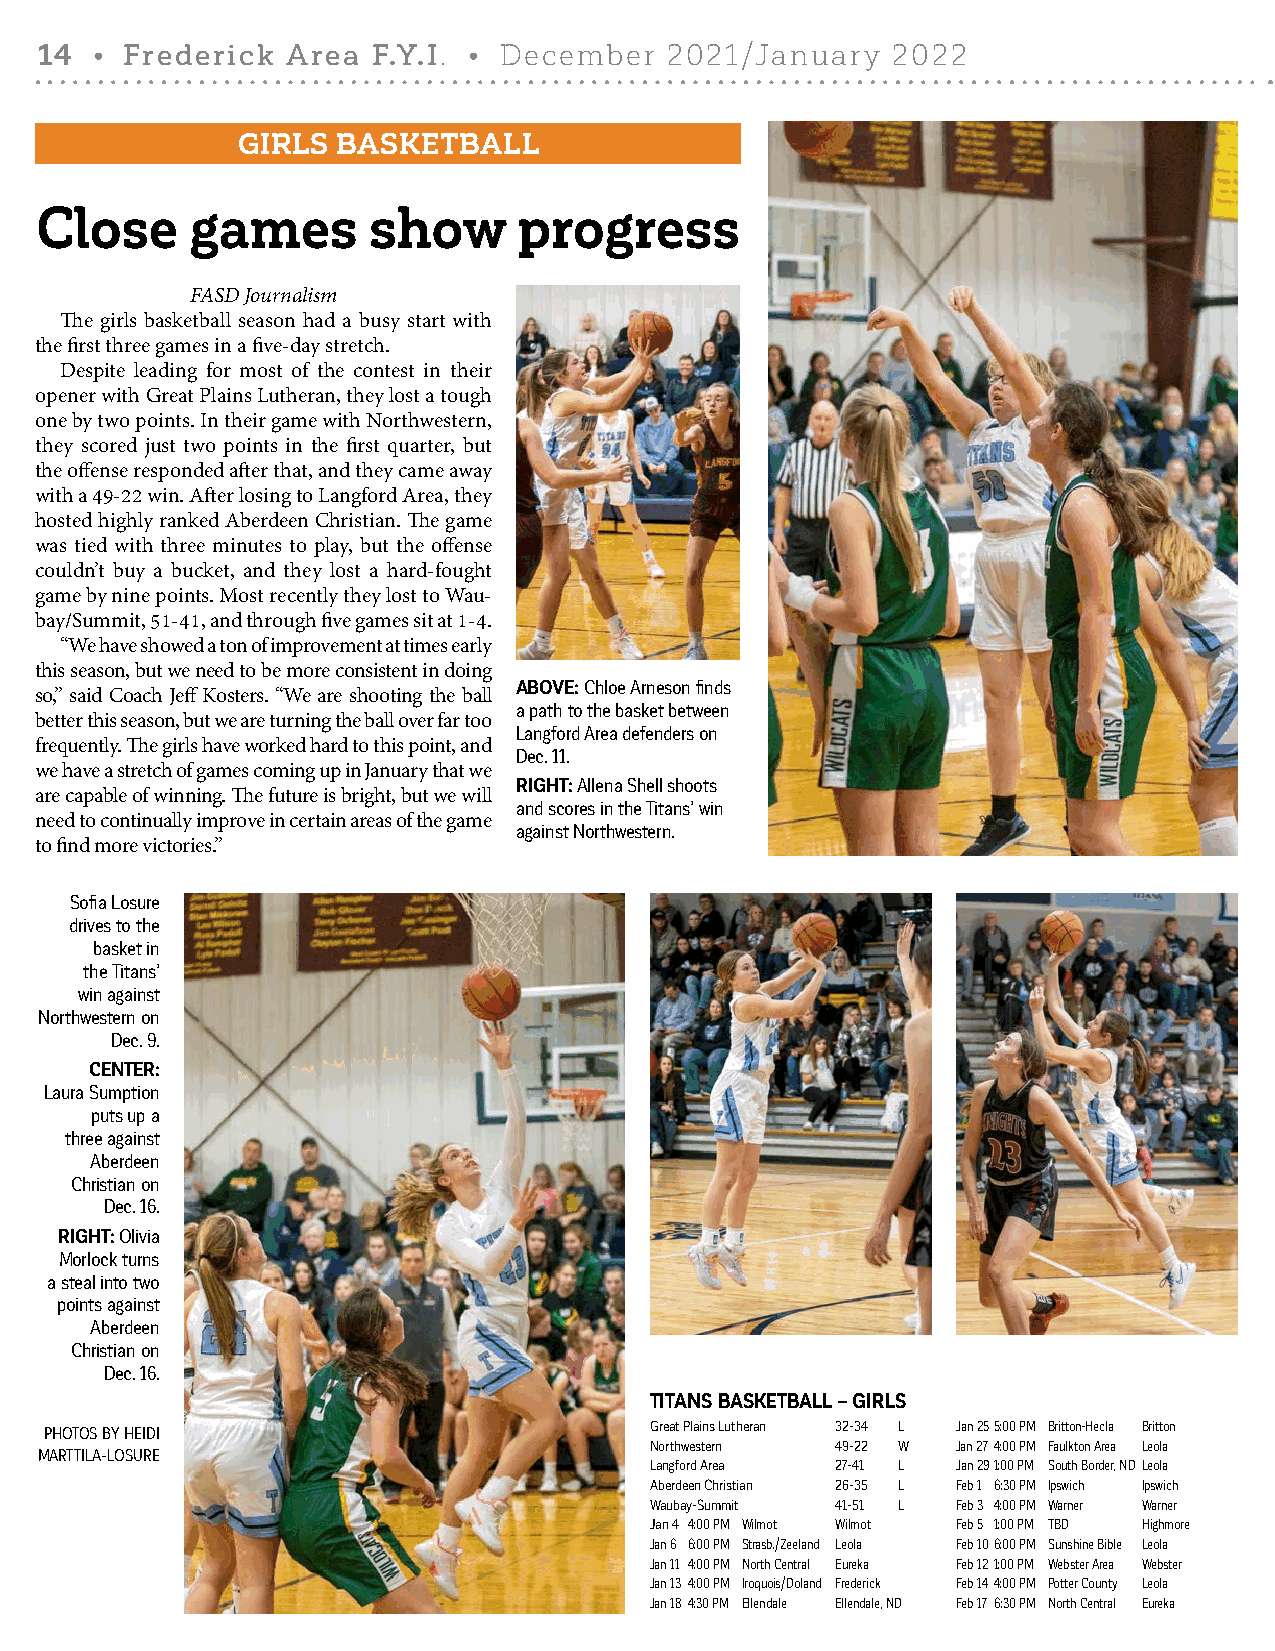
14  • Frederick  Area  F.Y.I. • December  2021/January   2022
 GIRLS BASKETBALL
 Close      games      show      progress
 FASD Journalism
 The girls basketball season had a busy start with
 the first three games in a five-day stretch.
 Despite leading for most of the contest in their
 opener with Great Plains Lutheran, they lost a tough
 one by two points. In their game with Northwestern,
 they scored just two points in the first quarter, but
 the offense responded after that, and they came away
 with a 49-22 win. After losing to Langford Area, they
 hosted highly ranked Aberdeen Christian. The game
 was tied with three minutes to play, but the offense
 couldn’t buy a bucket, and they lost a hard-fought
 game by nine points. Most recently they lost to Wau-
 bay/Summit, 51-41, and through five games sit at 1-4.
 “We have showed a ton of improvement at times early
 this season, but we need to be more consistent in doing
 ABOVE: Chloe Arneson finds
 so,” said Coach Jeff Kosters. “We are shooting the ball
 a path to the basket between
 better this season, but we are turning the ball over far too
 Langford Area defenders on
 frequently. The girls have worked hard to this point, and
 Dec. 11.
 we have a stretch of games coming up in January that we
 RIGHT: Allena Shell shoots
 are capable of winning. The future is bright, but we will
 and scores in the Titans’ win
 need to continually improve in certain areas of the game
 against Northwestern.
 to find more victories.”
 Sofia Losure
 drives to the
 basket in
 the Titans’
 win against
 Northwestern on
 Dec. 9.
 CENTER:
 Laura Sumption
 puts up a
 three against
 Aberdeen
 Christian on
 Dec. 16.
 RIGHT: Olivia
 Morlock turns
 a steal into two
 points against
 Aberdeen
 Christian on
 Dec. 16.
 TITANS BASKETBALL – GIRLS
 PHOTOS BY HEIDI                         Great Plains Lutheran 32-34 L Jan 25 5:00 PM Britton-Hecla Britton
 Northwestern 49-22 W Jan 27 4:00 PM Faulkton Area Leola
 MARTTILA-LOSURE
 Langford Area 27-41 L Jan 29 1:00 PM South Border, ND Leola
 Aberdeen Christian 26-35 L Feb 1 6:30 PM Ipswich Ipswich
 Waubay-Summit 41-51 L Feb 3 4:00 PM Warner Warner
 Jan 4 4:00 PM Wilmot Wilmot Feb 5 1:00 PM TBD Highmore
 Jan 6 6:00 PM Strasb./Zeeland Leola Feb 10 6:00 PM Sunshine Bible Leola
 Jan 11 4:00 PM North Central Eureka Feb 12 1:00 PM Webster Area Webster
 Jan 13 4:00 PM Iroquois/Doland Frederick Feb 14 4:00 PM Potter County Leola
 Jan 18 4:30 PM Ellendale Ellendale, ND Feb 17 6:30 PM North Central Eureka